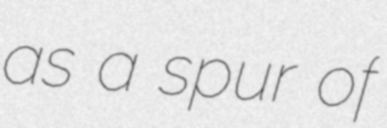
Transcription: as a spur of